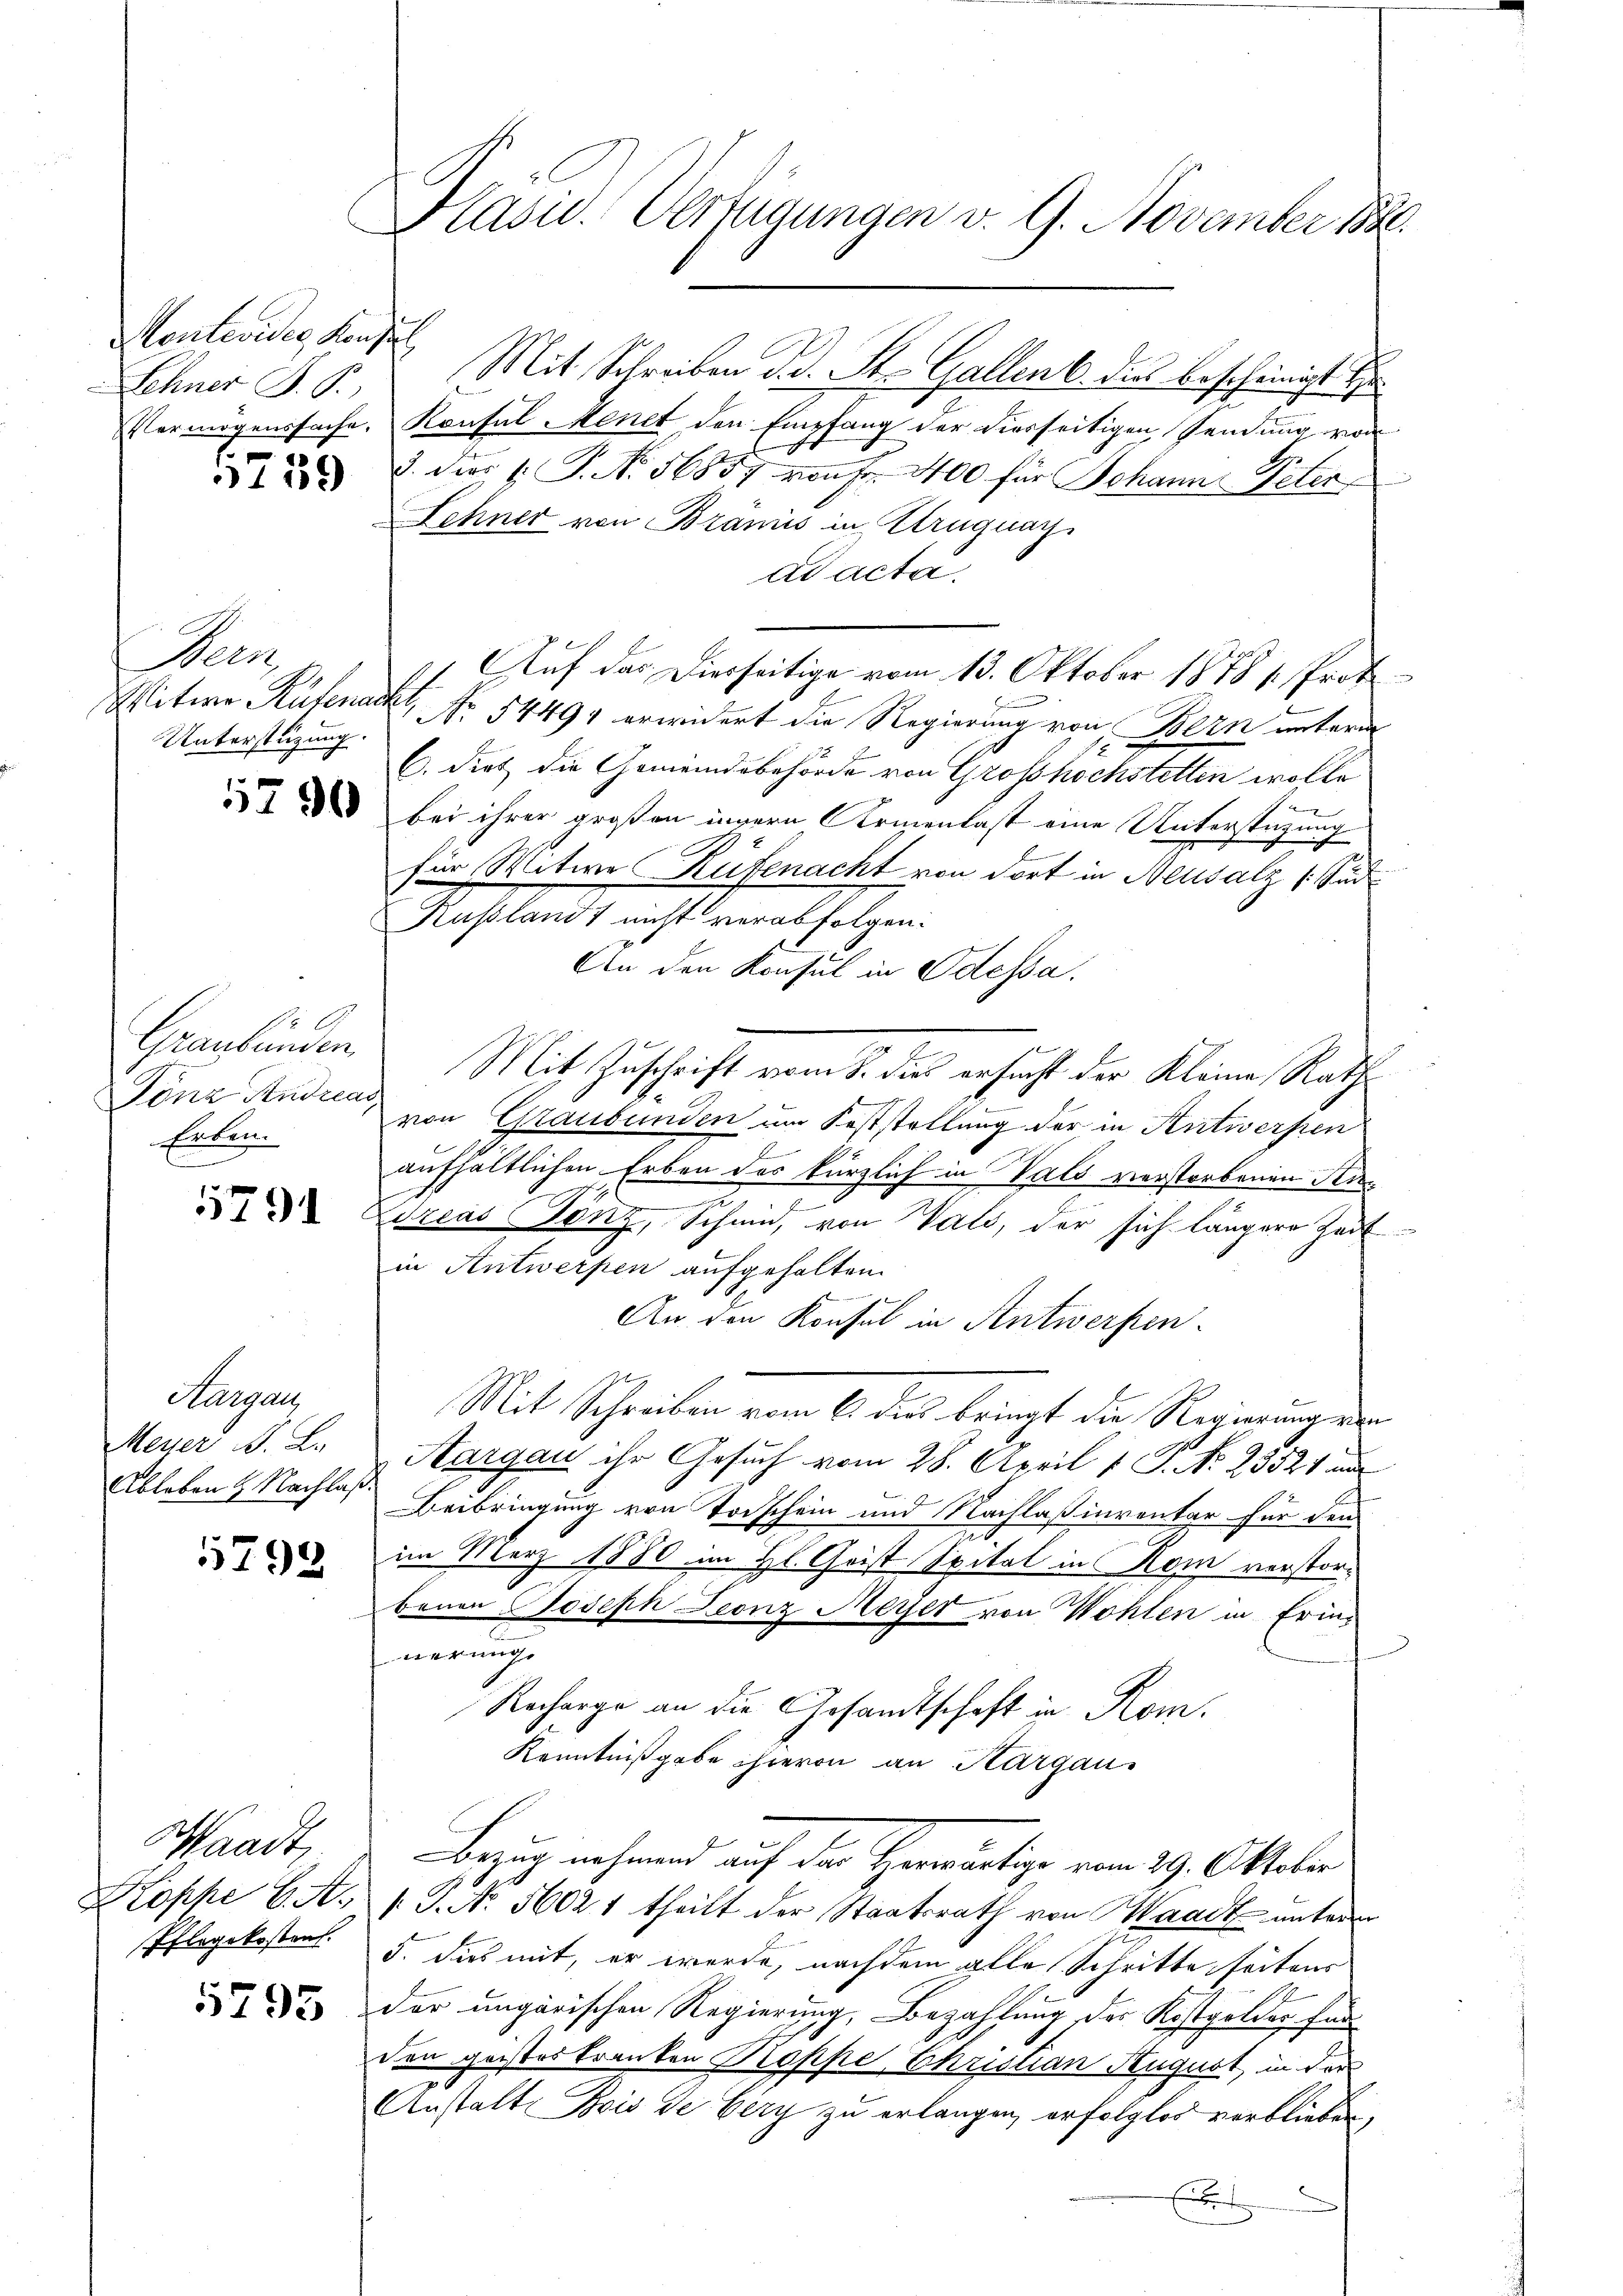
Monteviden Konsul
Lehner J. P.

4
157)

Heer
Unterstützung.

1x
Graubünden
Tönz Andreas,
Erben.

5791

Hargau
Meyer d. Le
Ableben 4. Nachlaß.

5798

Waadt
Koppe C. A.
Pflegekostens.

5795

Plasiv. Verfügungen v. 9. November 1880.

Mit Schreiben d. d. St. Gallen 6. dies bescheinigt
Vermögenssache. Konsul Menet den Empfang der diesseitigen sendung von
H
d. Dies 1. P. Nr. 56857 von Fr. 400 für Johann Peter
Lehner von Braniis in Uruguay
ad acta
Auf das Dierseitige vom 13. Oktober 1878 s. Prot
Witwe Rüfenackt No. 54497 erwidert die Regierung von Bern unterm
C. Diet die Gemeindsbehörde von Grosshöchstellen wolle
x
  bei ihrer großen innern Armenlast eine Unterstüzung
für Witwe Rüfenacht von dort in Neusalz (Sud
Russland nicht verabfolgen.
An den Konsul in Odessa.
Mit Zuschrift vom 1. das ersicht der Kleine Rathe
von Graubünden um Feststellung der in Antwerpen
aufhältlichen Erben des kürzlich in Vals verstorbenen Sen¬
Edreas Tanz, Schmid, von Vals, der sich längere Zeit
in Antwerpen aufgehalten.
An den Konsul in Antwerfen.
Mit Schreiben vom 6. des bringt die Regierung ein
Aargau ihr Gesuch vom 28. April v. P. Nr. 23521 nur
Beibringung von Torschein und Nachlaß inventar für den
im März 1880 im Hl. Christ Spital in Rom verstorbenen Joseph Leonz Meyer von Wohlen in Erinnerung. |
Recharge an die Gesandtschaft in Rom.
Kenntnißgabe hievon an Kargau.
Bezug nehmend auf der Herwärtige vom 29. Oktober
1 J. No. 5602 1 theilt der Staatsrath von Waadt unterm
5. dies mit, er werde, nachdem alle Schritte seitens
der ungarischen Regierung, Bezahlung der Kostgolder End
den geisteskranken Koppe, Christian August in der
Anstalt. Bois de Cery zu erlangen erfolglos verblieben,
E